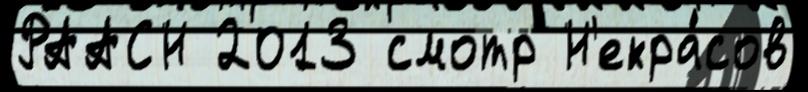
РААСН 2013 смотр Н'екра́сов